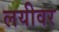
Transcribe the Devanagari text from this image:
लयीवर